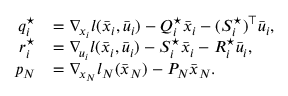
\begin{array} { r l } { q _ { i } ^ { \star } } & { = \nabla _ { \! x _ { i } } l ( \bar { x } _ { i } , \bar { u } _ { i } ) - Q _ { i } ^ { \star } \bar { x } _ { i } - ( S _ { i } ^ { \star } ) ^ { \top } \bar { u } _ { i } , } \\ { r _ { i } ^ { \star } } & { = \nabla _ { \! u _ { i } } l ( \bar { x } _ { i } , \bar { u } _ { i } ) - S _ { i } ^ { \star } \bar { x } _ { i } - R _ { i } ^ { \star } \bar { u } _ { i } , } \\ { p _ { N } } & { = \nabla _ { \! x _ { N } } l _ { N } ( \bar { x } _ { N } ) - P _ { N } \bar { x } _ { N } . } \end{array}